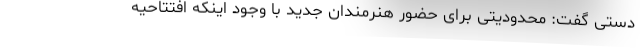
دستی گفت: محدودیتی برای حضور هنرمندان جدید با وجود اینکه افتتاحیه